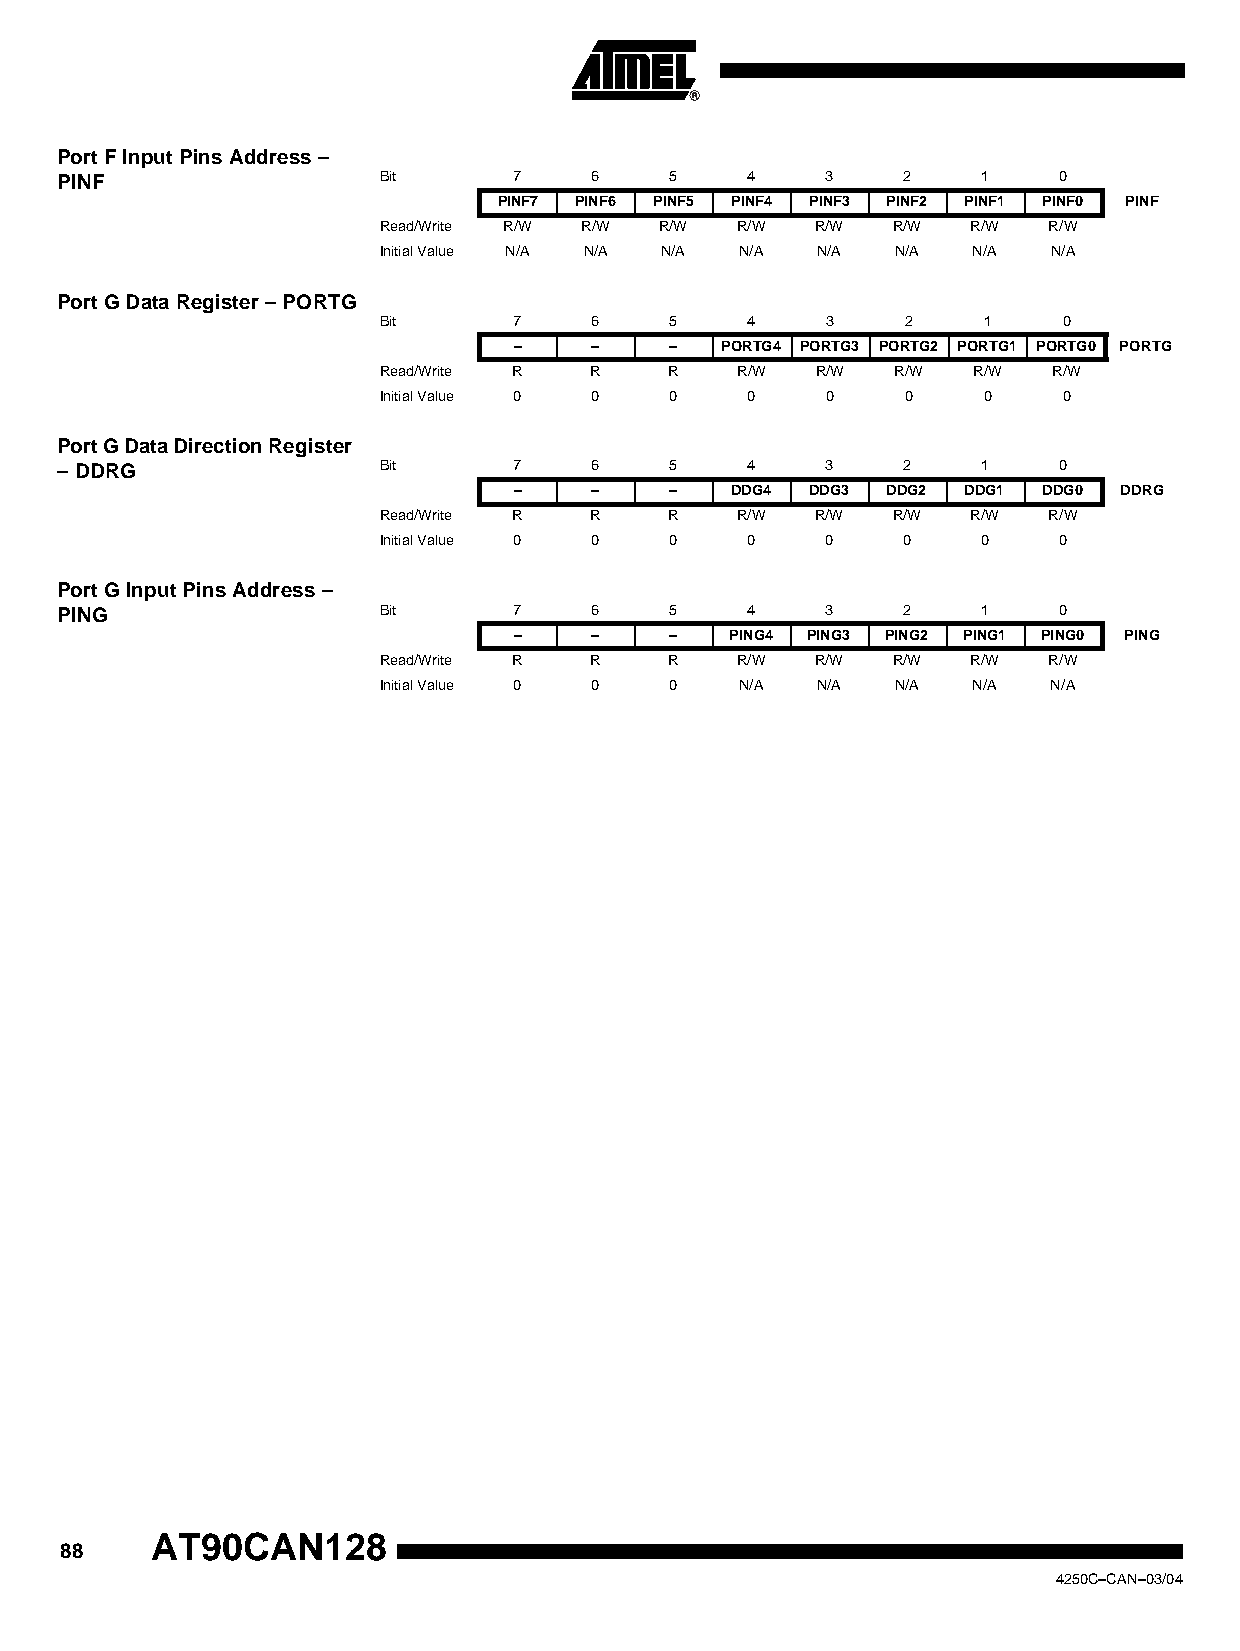
Port F Input Pins Address –
 PINF                 Bit      7    6    5    4     3    2    1    0
 PINF7 PINF6 PINF5 PINF4 PINF3 PINF2 PINF1 PINF0 PINF
 Read/Write R/W R/W R/W  R/W  R/W  R/W  R/W  R/W
 Initial Value N/A N/A N/A N/A N/A N/A  N/A   N/A
 Port G Data Register – PORTG
 Bit      7    6    5     4    3    2    1    0
 –    –    –   PORTG4 PORTG3 PORTG2 PORTG1 PORTG0 PORTG
 Read/Write R  R    R    R/W  R/W  R/W  R/W   R/W
 Initial Value 0 0  0     0    0    0    0    0
 Port G Data Direction Register
 – DDRG               Bit      7    6    5    4     3    2    1    0
 –    –    –   DDG4  DDG3 DDG2 DDG1 DDG0 DDRG
 Read/Write R  R    R    R/W  R/W  R/W  R/W  R/W
 Initial Value 0 0  0    0     0    0    0    0
 Port G Input Pins Address –
 PING                 Bit      7    6    5    4     3    2    1    0
 –    –    –   PING4 PING3 PING2 PING1 PING0 PING
 Read/Write R  R    R    R/W  R/W  R/W  R/W  R/W
 Initial Value 0 0  0    N/A  N/A  N/A  N/A   N/A
 AT90CAN128
 88
 4250C–CAN–03/04